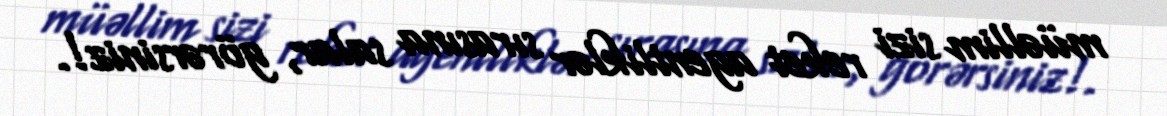
müəllim sizi reket agentliklər sırasına salar, görərsiniz!.